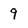
Character: 9